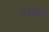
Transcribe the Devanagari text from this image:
५४५०९